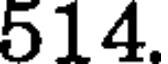
514.